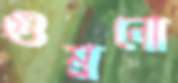
গুম্‌রনো